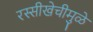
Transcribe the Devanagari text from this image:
रस्सीखेचीमुळे